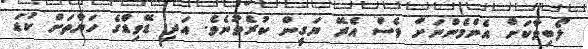
ލޯބިވާކަށް އެންމެންނަށް ވެސް އެރޭ ޔަގީން ކުރެވުނެވެ. އަދި ޑޭވިޑްގެ ހަޔާތަށް ކުޑަ